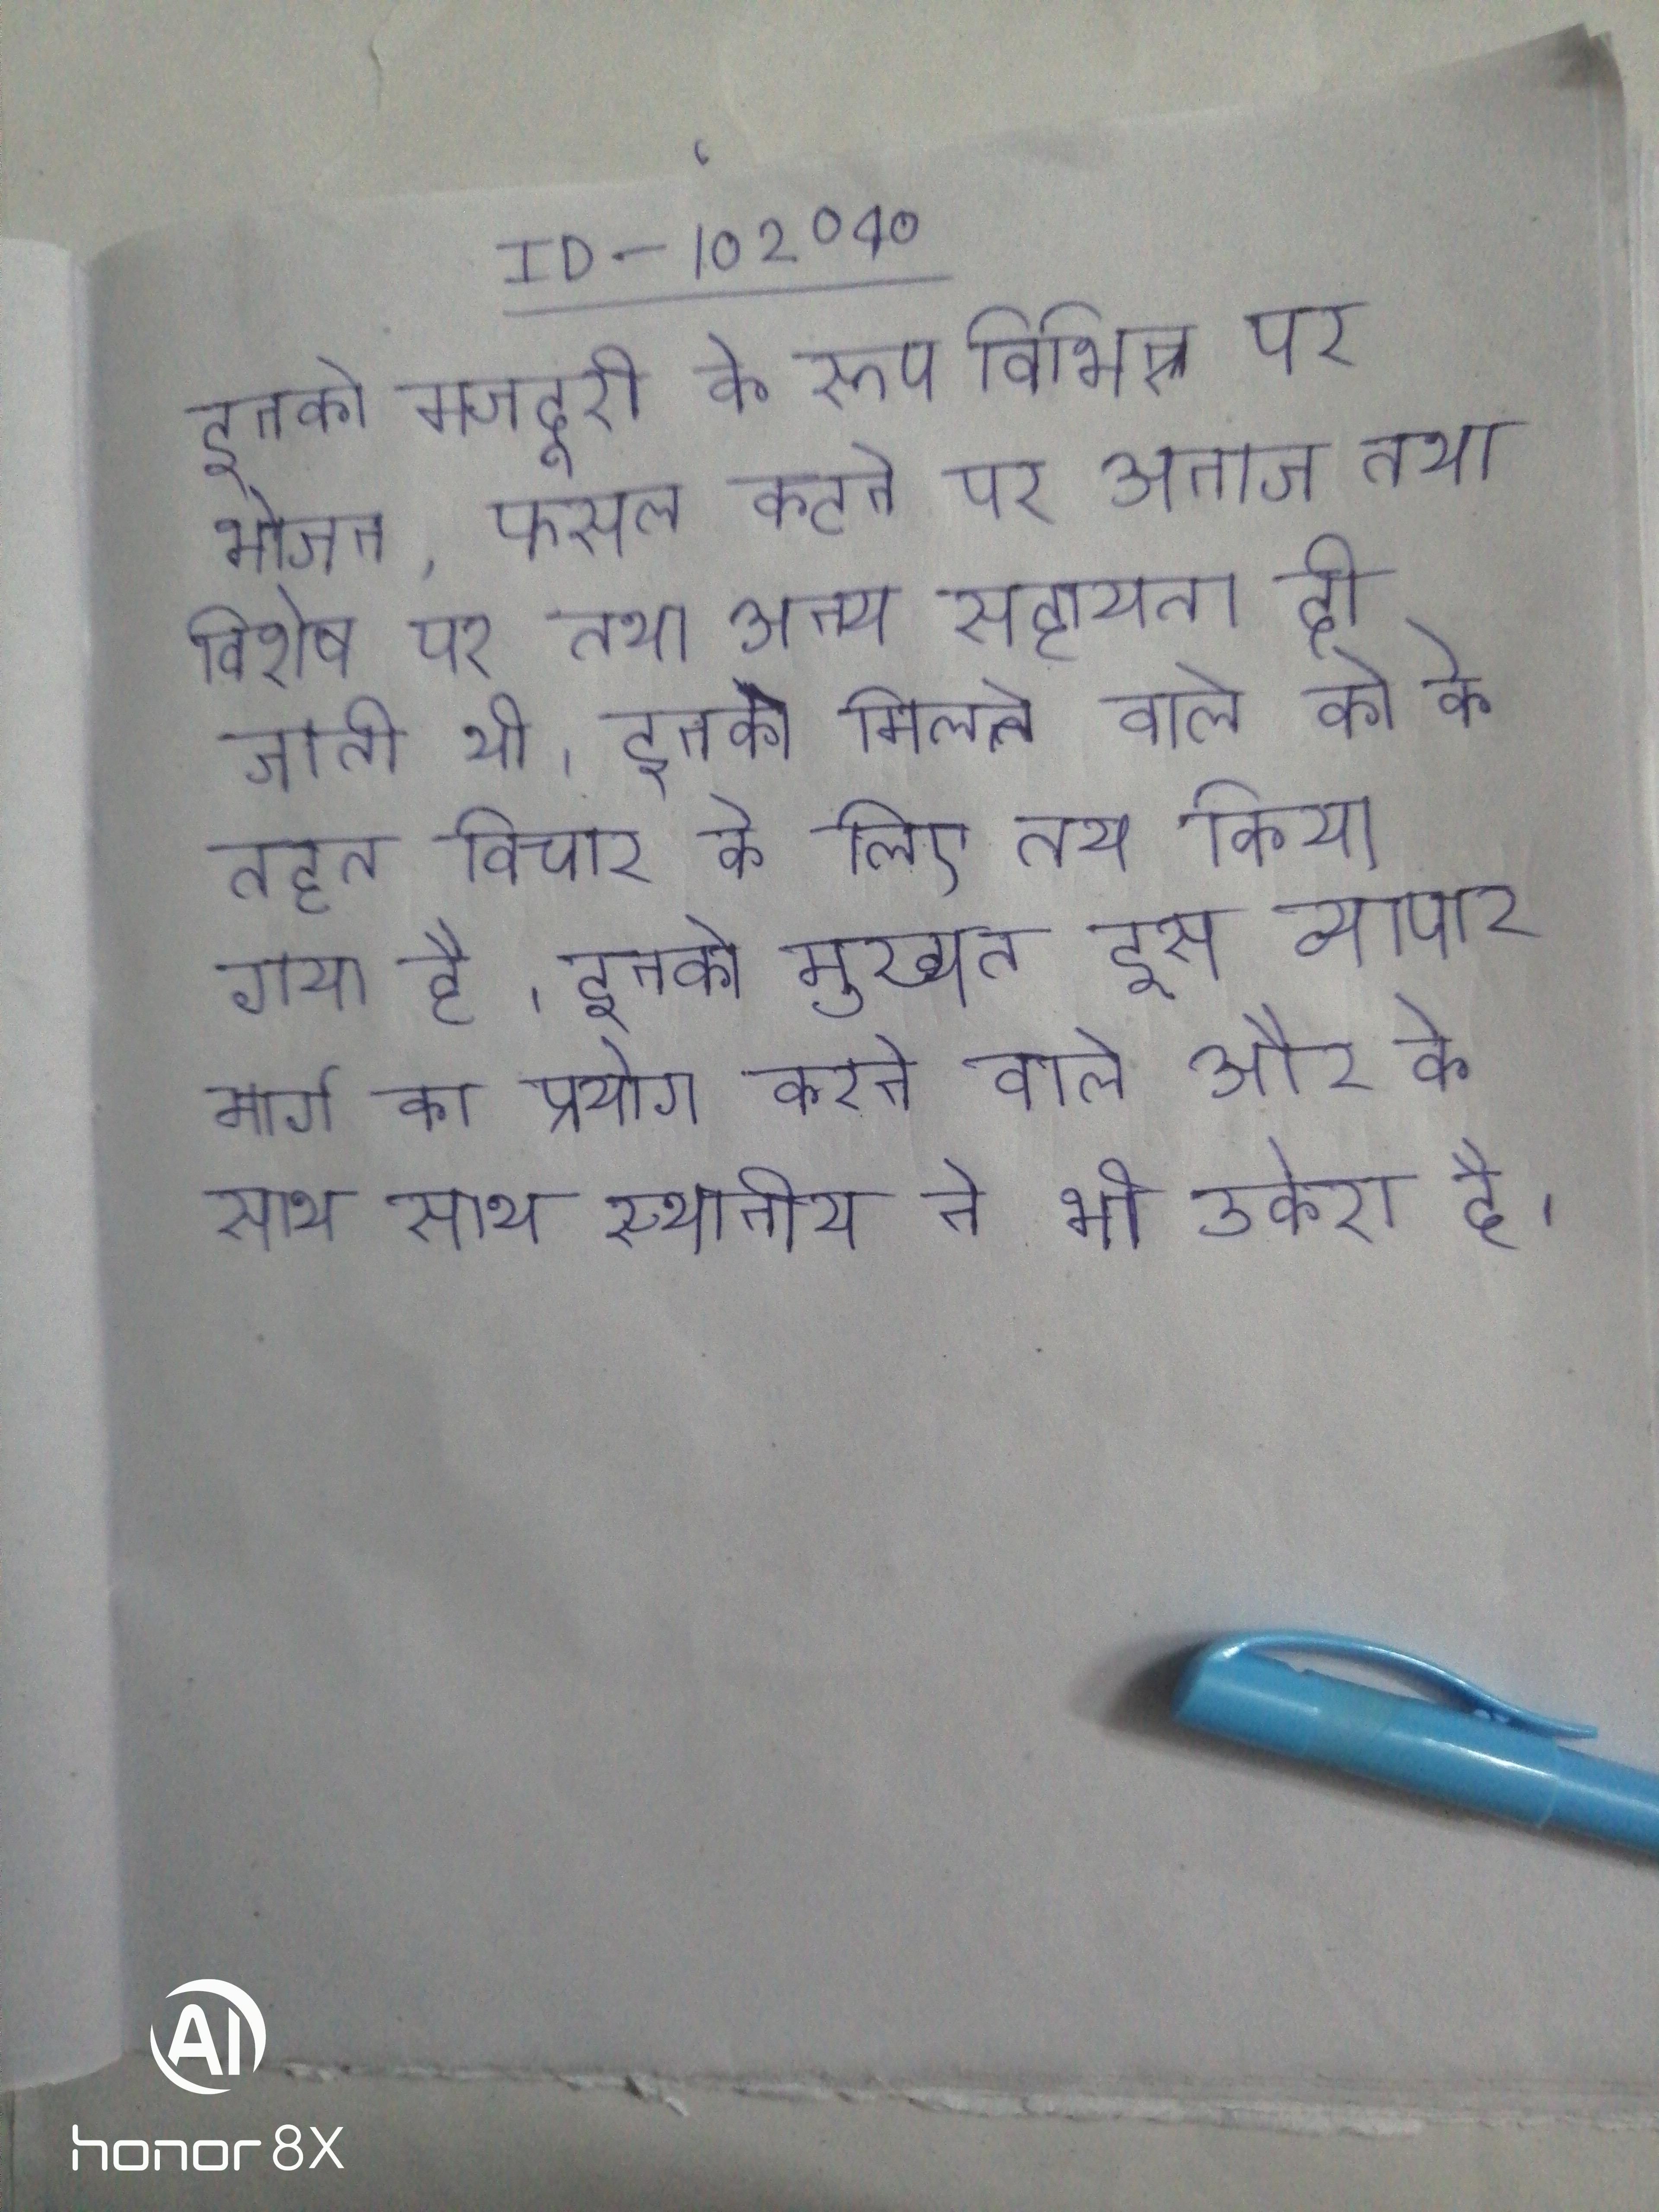
इनको मजदूरी के रूप विभिन्न पर भोजन, फसल कटने पर अनाज तथा विशेष पर तथा अन्य सहायता दी जाती थी । इनको मिलने वाले को के तहत विचार के लिए तय किया गया है । इनको मुख्यत इस व्यापार मार्ग का प्रयोग करने वाले और के साथ साथ स्थानीय ने भी उकेरा है ।